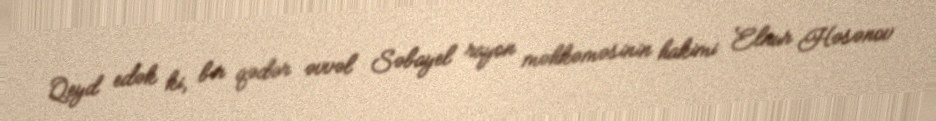
Qeyd edək ki, bir qədər əvvəl Səbayel rayon məhkəməsinin hakimi Elnur Həsənov